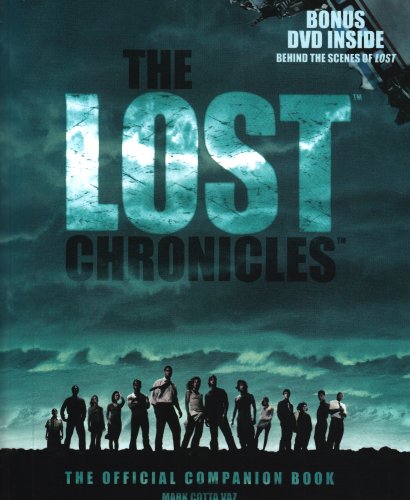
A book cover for The Lost Chronicles: The Official Companion Book with Bonus DVD Behind the Scenes of LOST; Mark Cotta Vaz; Humor & Entertainment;